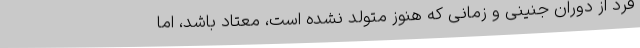
فرد از دوران جنینی و زمانی که هنوز متولد نشده است، معتاد باشد، اما